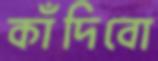
কাঁদিবো